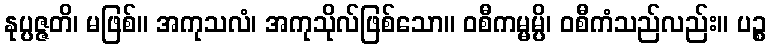
နုပ္ပဇ္ဇတိ၊ မဖြစ်။ အကုသလံ၊ အကုသိုလ်ဖြစ်သော။ ဝစီကမ္မမ္ပိ၊ ဝစီကံသည်လည်း။ ပဉ္စ